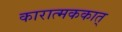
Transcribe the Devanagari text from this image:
कारात्मककात्‌